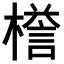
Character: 𣚞